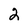
Character: 2